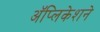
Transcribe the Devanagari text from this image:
अॅप्लिकेशने